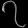
Digit: ၇